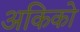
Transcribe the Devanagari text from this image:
अकिको